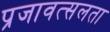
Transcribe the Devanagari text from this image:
प्रजावत्सलता